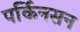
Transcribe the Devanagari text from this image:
पर्किनसन